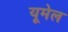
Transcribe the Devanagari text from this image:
यूमेल